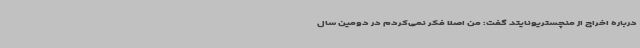
درباره اخراج از منچستریونایتد گفت: من اصلا فکر نمی‌کردم در دومین سال